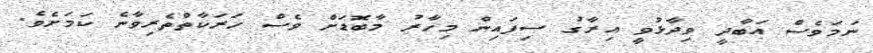
ނަމަވެސް އަބާދީ ވިދާޅުވީ އިރާގު ސިފައިން މިހާރު މާބޮޑަށް ވެސް ހަރަކާތްތެރިވާނެ ކަމަށެވެ.